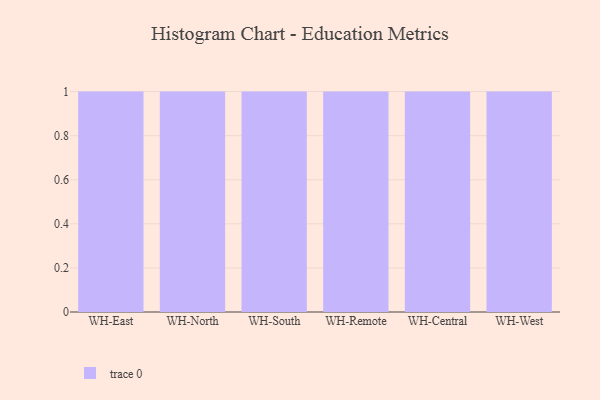
{"axis": {"x": "Warehouse", "y": "Operating Costs (USD K)"}, "legend": [""], "data": [{"x": "WH-East", "y": 58, "type": ""}, {"x": "WH-North", "y": 36, "type": ""}, {"x": "WH-South", "y": 82, "type": ""}, {"x": "WH-Remote", "y": 57, "type": ""}, {"x": "WH-Central", "y": 76, "type": ""}, {"x": "WH-West", "y": 8, "type": ""}]}